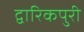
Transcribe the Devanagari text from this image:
द्वारिकपुरी